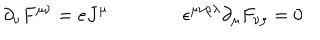
\partial _ { \nu } F ^ { \mu \nu } = e J ^ { \mu } \qquad \qquad \epsilon ^ { \mu \nu \rho \lambda } \partial _ { \mu } F _ { \nu \rho } = 0